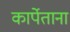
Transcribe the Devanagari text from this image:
कार्पेताना